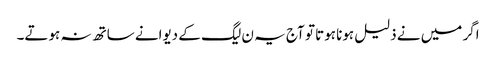
اگر میں نے ذلیل ہونا ہوتا تو آج یہ ن لیگ کے دیوانے ساتھ نہ ہوتے۔